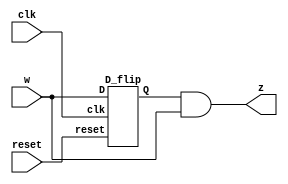

module FSM (w,z,clk,reset);
input w,clk,reset;
output z;
wire Q1;

D_flip f1 (w,Q1,clk,reset);

assign z=Q1&w;
endmodule

module D_flip (D,Q,clk,reset);
input D,clk,reset;
output reg Q;
always @ (negedge clk)
begin
if(reset)
Q<=0;
else
Q<=D;
end
endmodule